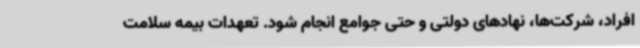
افراد، شرکت‌ها، نهادهای دولتی و حتی جوامع انجام شود. تعهدات بیمه سلامت